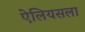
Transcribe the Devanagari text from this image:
ऐलियसला